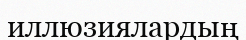
иллюзиялардың